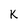
Character: K